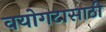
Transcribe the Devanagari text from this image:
वयोगटासाठी